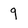
Character: 9